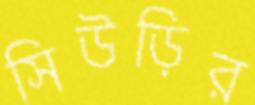
সিউড়ির